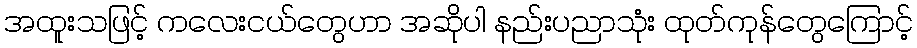
အထူးသဖြင့် ကလေးငယ်တွေဟာ အဆိုပါ နည်းပညာသုံး ထုတ်ကုန်တွေကြောင့်